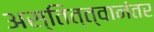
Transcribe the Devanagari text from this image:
अस्तित्त्वानंतर